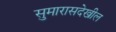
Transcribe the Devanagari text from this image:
सुमारासदेखील